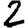
Digit: 2